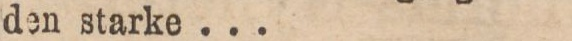
den starke ...